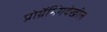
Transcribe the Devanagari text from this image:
प्रोग्रॅमिंगदेखील